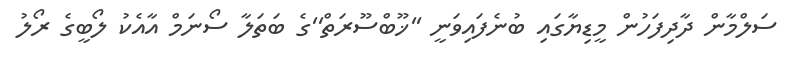
ސަލްމާން ދާދިފަހުން މީޑިޔާގައި ބުނެފައިވަނީ ''ޚޫބްސޫރަތް''ގެ ބަތަލާ ސޯނަމް އާއެކު ލޯބީގެ ރޯލު